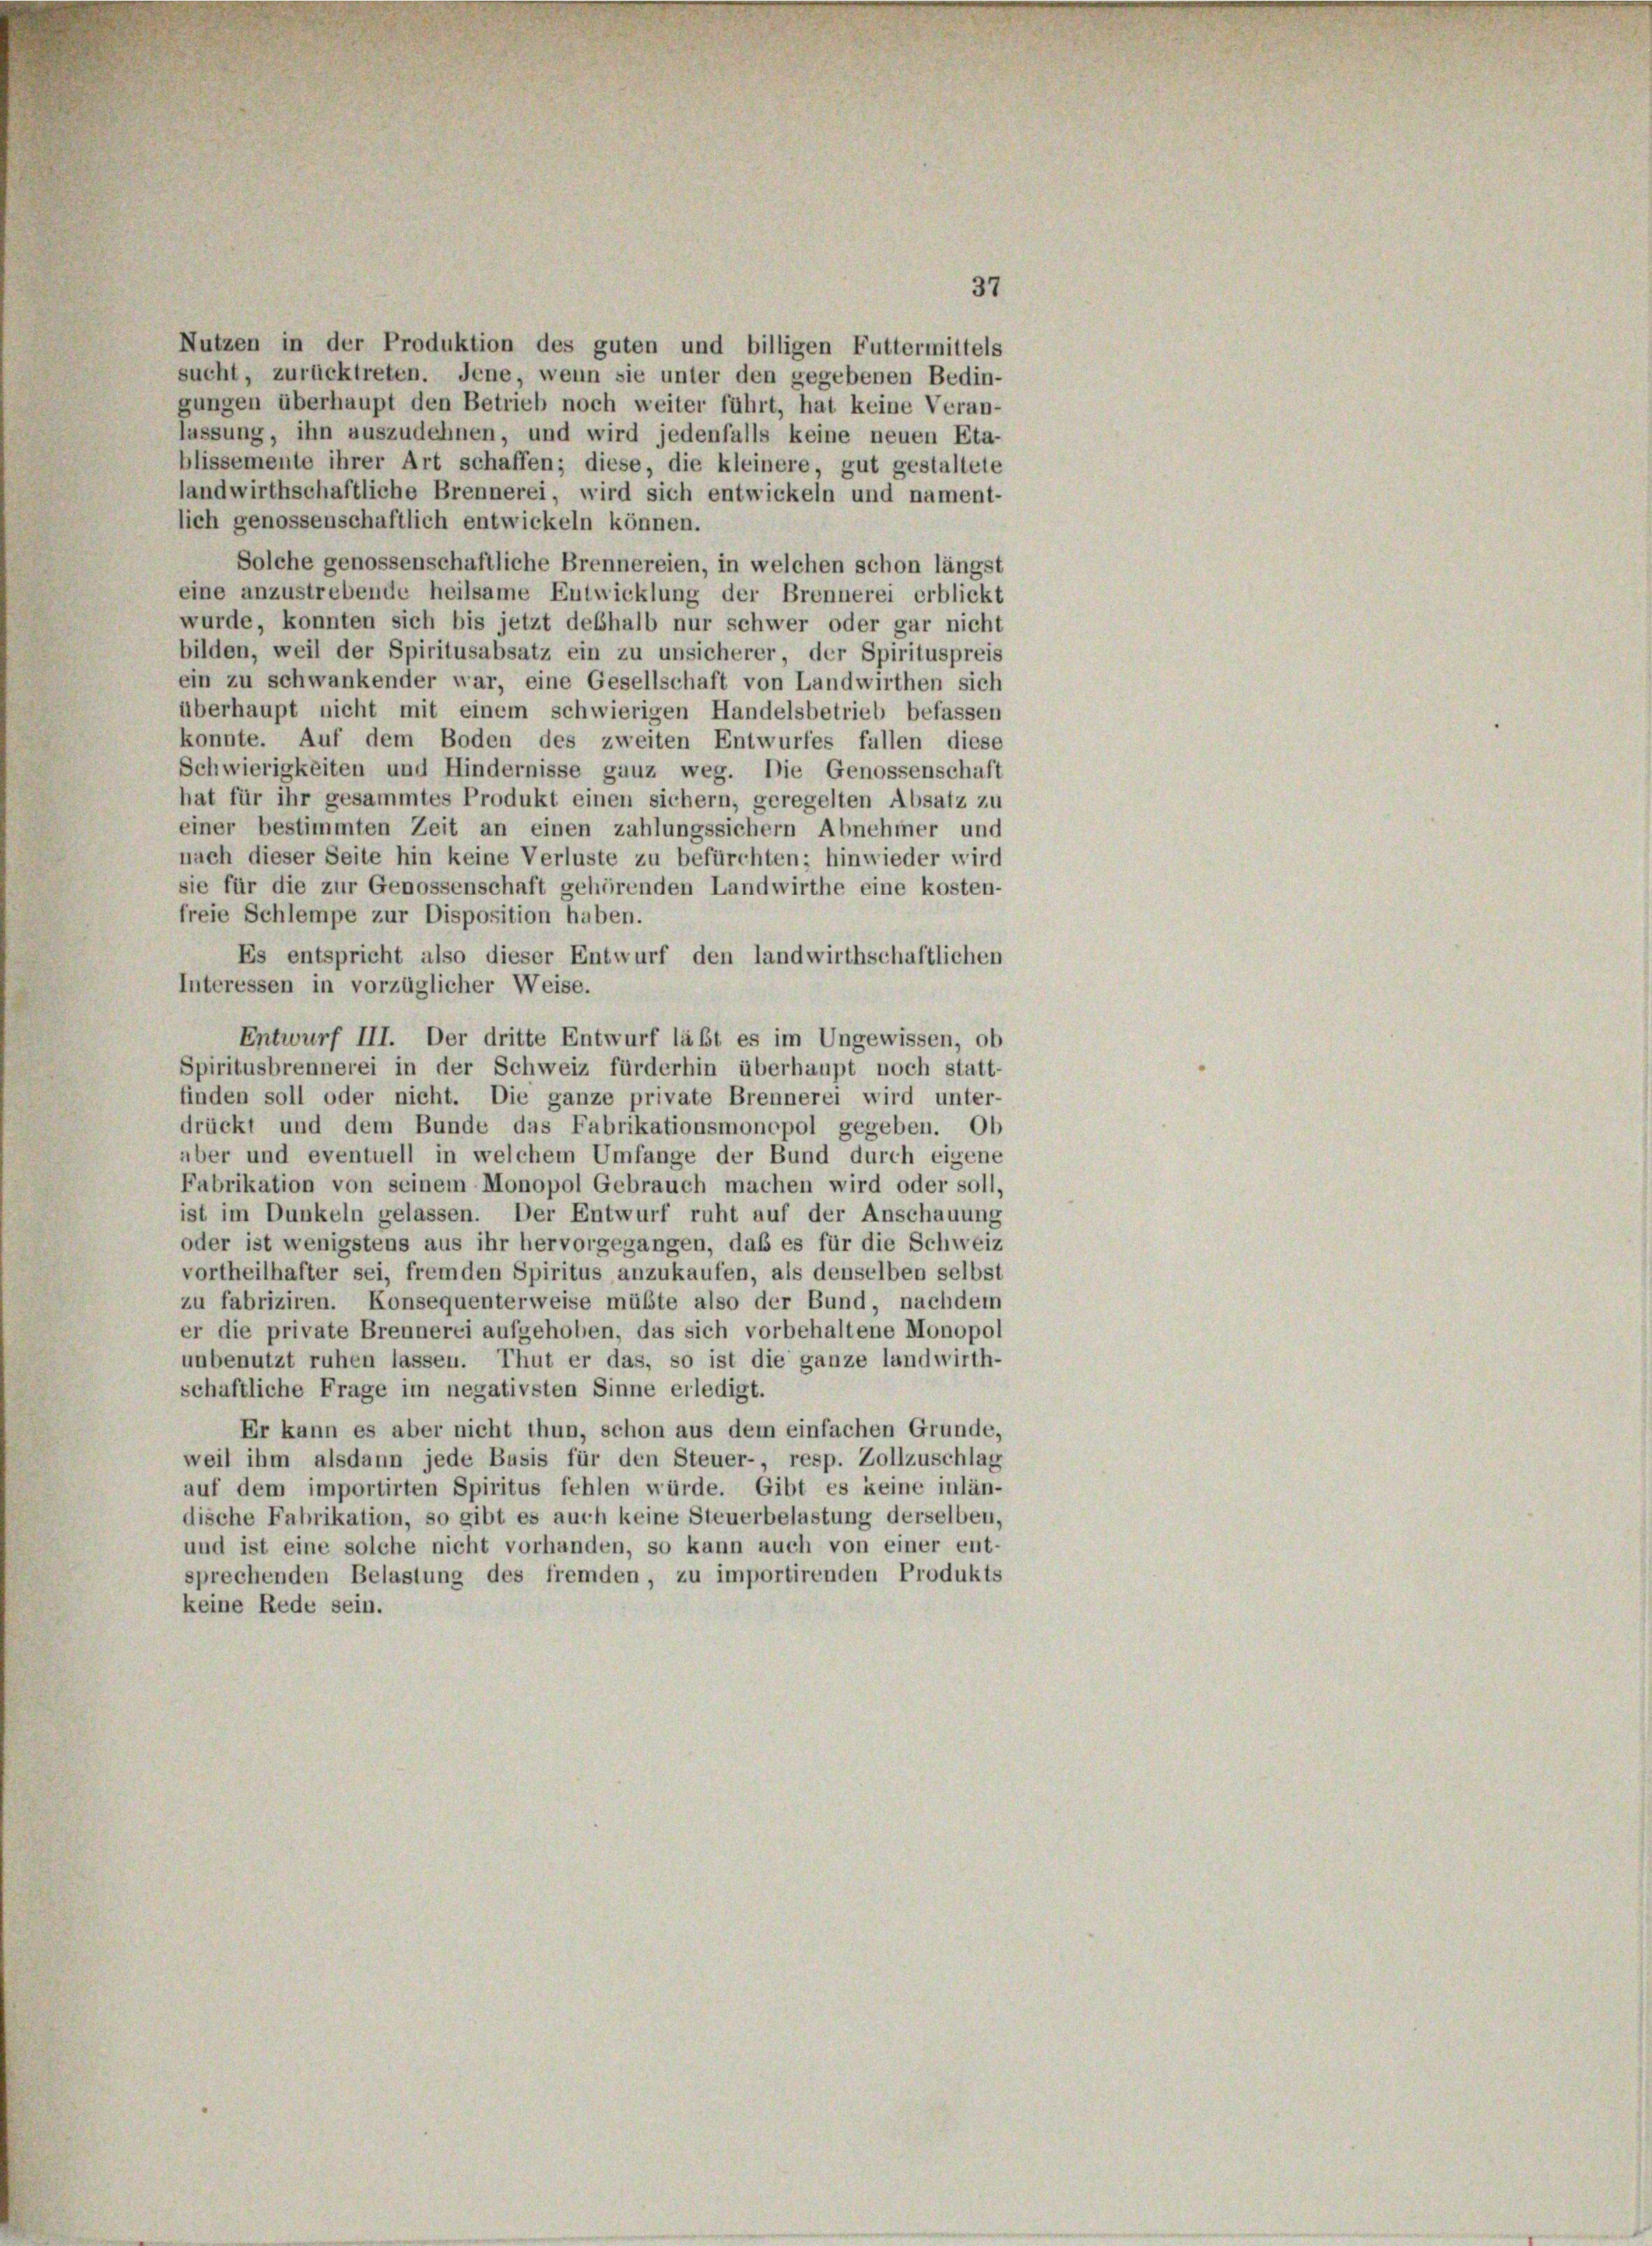
37
Nutzen in der Produktion des guten und billigen Futtermittels
sucht, zurücktreten. Jene, wenn sie unter den gegebenen Bedin-
gungen überhaupt den Betrieb noch weiter führt, hat keine Veran-
lassung, ihn auszudehnen, und wird jedenfalls keine neuen Eta-
blissemente ihrer Art schaffen; diese, die kleinere, gut gestaltete
landwirthschaftliche Brennerei, wird sich entwickeln und nament-
lich genossenschaftlich entwickeln können.
Solche genossenschaftliche Brennereien, in welchen schon längst
eine anzustrebende heilsame Entwicklung der Brennerei erblickt
wurde, konnten sich bis jetzt deshalb nur schwer oder gar nicht
bilden, weil der Spiritusabsatz ein zu unsicherer der Spirituspreis
ein zu schwankender war, eine Gesellschaft von Landwirthen sich
überhaupt nicht mit einem schwierigen Handelsbetrieb befassen
konnte. Auf dem Boden des zweiten Entwurfes fallen diese
Schwierigkeiten und Hindernisse ganz weg. Die Genossenschaft
hat für ihr gesammtes Produkt einen sichern, geregelten Absatz zu
einer bestimmten Zeit an einen zahlungssichern Abnehmer und
nach dieser Seite hin keine Verluste zu befürchten; hinwieder wird
sie für die zur Genossenschaft gehörenden Landwirthe eine kosten-
freie Schlempe zur Disposition haben.
Es entspricht also dieser Entwurf den landwirthschaftlichen
Interessen in vorzüglicher Weise.
Entwurf III. Der dritte Entwurf läßt es im Ungewissen, ob
Spiritusbrennerei in der Schweiz fürderhin überhaupt noch statt-
finden soll oder nicht. Die ganze private Brennerei wird unter-
drückt und dem Bunde das Fabrikationsmonopol gegeben. Ob
aber und eventuell in welchem Umfange der Bund durch eigene
Fabrikation von seinem Monopol Gebrauch machen wird oder soll,
ist im Dunkeln gelassen. Der Entwurf ruht auf der Anschauung
oder ist wenigstens aus ihr hervorgegangen, daß es für die Schweiz
vortheilhafter sei, fremden Spiritus anzukaufen, als denselben selbst
zu fabriziren. Konsequenterweise müßte also der Bund, nachdem
er die private Brennerei aufgehoben, das sich vorbehaltene Monopol
unbenutzt ruhen lassen. Thut er das, so ist die ganze landwirth-
schaftliche Frage im negativsten Sinne erledigt.
Er kann es aber nicht thun, schon aus dem einfachen Grunde,
weil ihm alsdann jede Basis für den Steuer- resp. Zollzuschlag
auf dem importirten Spiritus fehlen würde. Gibt es keine inlän-
dische Fabrikation, so gibt es auch keine Steuerbelastung derselben,
und ist eine solche nicht vorhanden, so kann auch von einer ent-
sprechenden Belastung des fremden, zu importirenden Produkts
keine Rede sein.